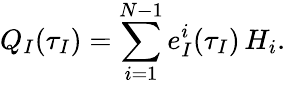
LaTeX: Q_{I}(\tau_{I})=\sum_{i=1}^{N-1}e_{I}^{i}(\tau_{I})\, H_{i}.